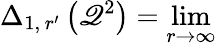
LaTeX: \Delta_{1,\, r^{\prime}}\left(\mathscr{Q}^{2}\right)=\operatorname*{lim}_{r\rightarrow\infty}